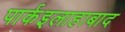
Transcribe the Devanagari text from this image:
पार्कइलाहाबाद